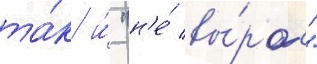
та́к и́ "н'е́ вы́рос"